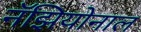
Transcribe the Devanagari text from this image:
नॅझियोनाल